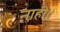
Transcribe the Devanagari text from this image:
नाही।।